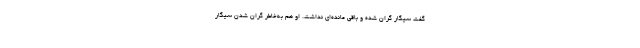
گفت سیگار گران شده و باقی مانده‌ای نداشت. او هم به‌خاطر گران شدن سیگار